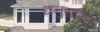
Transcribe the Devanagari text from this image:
द्यनुसारेण